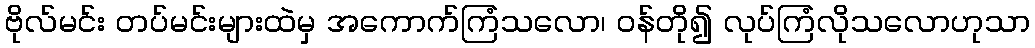
ဗိုလ်မင်း တပ်မင်းများထဲမှ အကောက်ကြံသလော၊ ဝန်တို၍ လုပ်ကြံလိုသလောဟုသာ